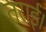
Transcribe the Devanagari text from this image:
तराई।